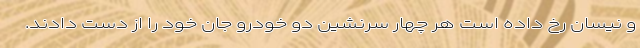
و نیسان رخ داده است هر چهار سرنشین دو خودرو جان خود را از دست دادند.